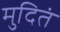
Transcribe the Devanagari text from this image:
मुदितं